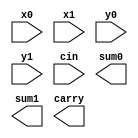
`timescale 10ns / 1ps
//////////////////////////////////////////////////////////////////////////////////
// Company: 
// Engineer: 
// 
// Design Name: 
// Module Name: dataflow2bitadder
// Project Name: 
// Target Devices: 
// Tool Versions: 
// Description: 
// 
// Dependencies: 
// 
// Revision:
// Revision 0.01 - File Created
// Additional Comments:
// 
//////////////////////////////////////////////////////////////////////////////////


module dataflow2bitadder(  x0,x1,y0,y1,cin,sum0,sum1,carry);
  input x0,x1,y0,y1;
  input cin;
  output sum0,sum1;
  output carry;
  wire s0,s1,c0,c1,c2,c3,c4;
 
      assign s0= x0 ^ y0 ;
      assign Sum0 = s0 ^ cin;
      assign c1 = cin & sum0;
      assign  c0 = x0 & y0 ;
      assign c2 = c0|c1;
      assign s1= x1 ^ y1 ;
      assign Sum1 = s1 ^ c2;
      assign c4 = c2 & s1;
      assign  c3 = x1 & y1 ;
      assign Carry = c3|c4;
      
endmodule